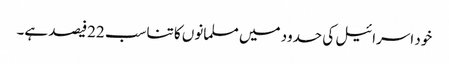
خود اسرائیل کی حدود میں مسلمانوں کا تناسب 22فیصد ہے۔